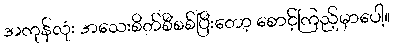
အကုန်လုံး အသေးစိတ်စီစစ်ပြီးတော့ စောင့်ကြည့်မှာပေါ့။